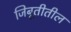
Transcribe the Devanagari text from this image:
जिबूतीतील